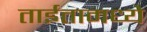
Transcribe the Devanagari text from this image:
ताईतामध्ये